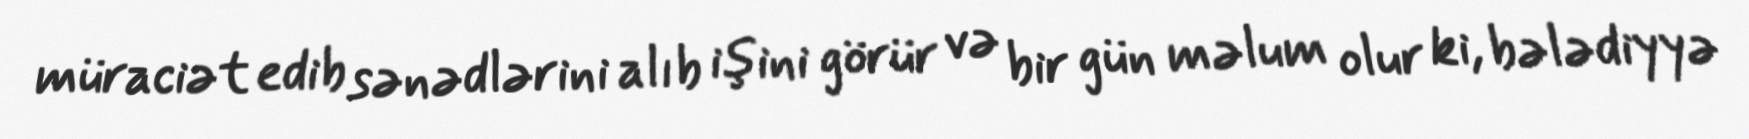
müraciət edib sənədlərini alıb işini görür və bir gün məlum olur ki, bələdiyyə